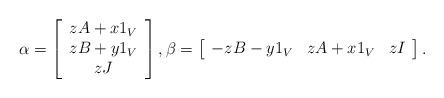
LaTeX: \begin{align*}\alpha = \left[\begin{array}{c}zA+x1_{V} \\ zB + y1_{V} \\ zJ\end{array}\right],\beta = \left[\begin{array}{ccc}-zB-y1_{V} & zA+x1_{V} & zI \end{array}\right].\end{align*}